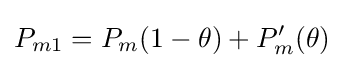
P_{m1}=P_{m}(1-\theta )+P_{m}'(\theta )